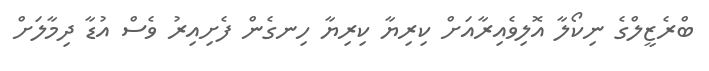
ބްރެޒީލްގެ ނިކޯލާ އޮލިވެއިރާއަށް ކިރިޔާ ކިރިޔާ ހިނގެން ފެށިއިރު ވެސް އުޑާ ދިމާލަށް